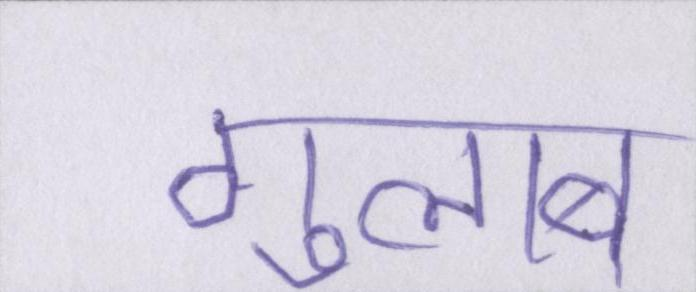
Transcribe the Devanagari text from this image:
गुलाब